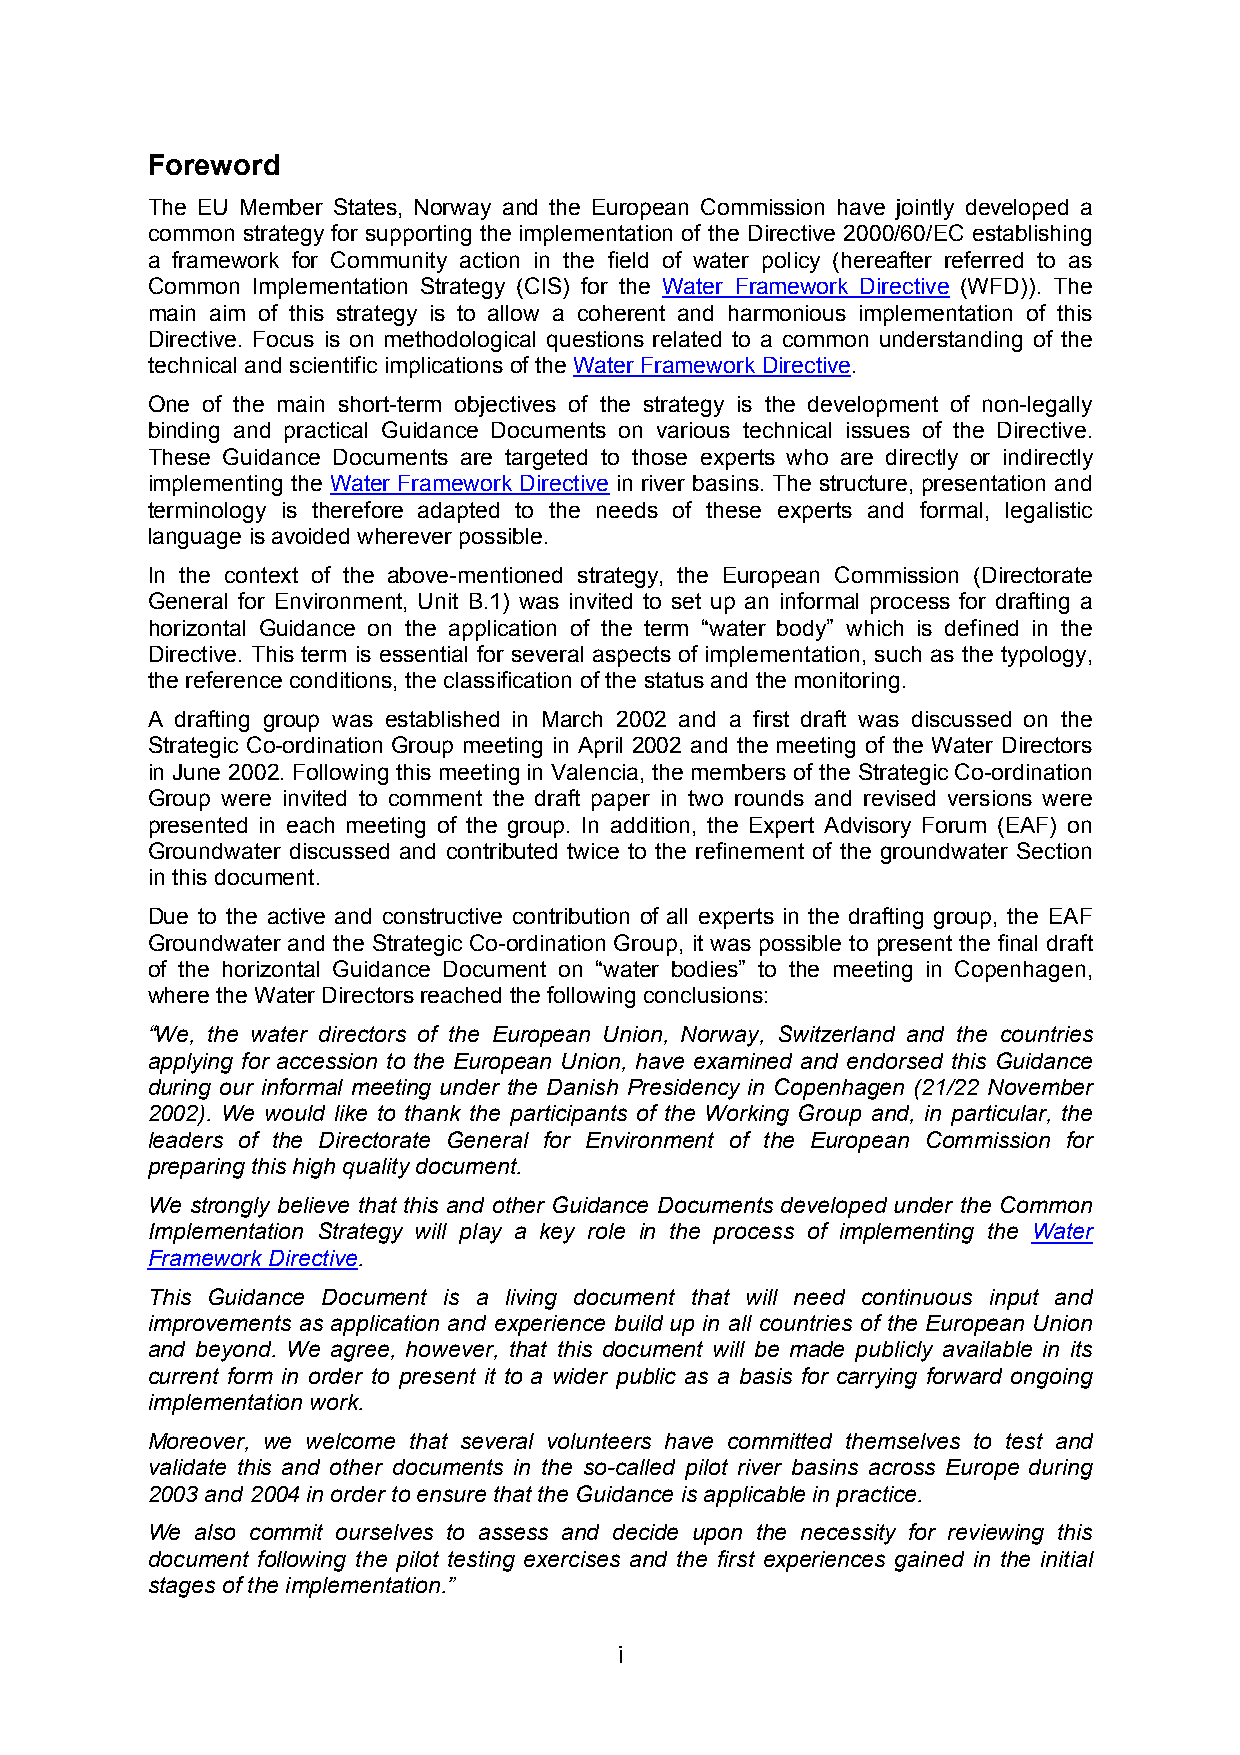
Foreword
 The EU Member States, Norway and the European Commission have jointly developed a
 common strategy for supporting the implementation of the Directive 2000/60/EC establishing
 a framework for Community action in the field of water policy (hereafter referred to as
 Common Implementation Strategy (CIS) for the Water Framework Directive (WFD)). The
 main aim of this strategy is to allow a coherent and harmonious implementation of this
 Directive. Focus is on methodological questions related to a common understanding of the
 technical and scientific implications of the Water Framework Directive.
 One of the main short-term objectives of the strategy is the development of non-legally
 binding and practical Guidance Documents on various technical issues of the Directive.
 These Guidance Documents are targeted to those experts who are directly or indirectly
 implementing the Water Framework Directive in river basins. The structure, presentation and
 terminology is therefore adapted to the needs of these experts and formal, legalistic
 language is avoided wherever possible.
 In the context of the above-mentioned strategy, the European Commission (Directorate
 General for Environment, Unit B.1) was invited to set up an informal process for drafting a
 horizontal Guidance on the application of the term “water body” which is defined in the
 Directive. This term is essential for several aspects of implementation, such as the typology,
 the reference conditions, the classification of the status and the monitoring.
 A drafting group was established in March 2002 and a first draft was discussed on the
 Strategic Co-ordination Group meeting in April 2002 and the meeting of the Water Directors
 in June 2002. Following this meeting in Valencia, the members of the Strategic Co-ordination
 Group were invited to comment the draft paper in two rounds and revised versions were
 presented in each meeting of the group. In addition, the Expert Advisory Forum (EAF) on
 Groundwater discussed and contributed twice to the refinement of the groundwater Section
 in this document.
 Due to the active and constructive contribution of all experts in the drafting group, the EAF
 Groundwater and the Strategic Co-ordination Group, it was possible to present the final draft
 of the horizontal Guidance Document on “water bodies” to the meeting in Copenhagen,
 where the Water Directors reached the following conclusions:
 “We, the water directors of the European Union, Norway, Switzerland and the countries
 applying for accession to the European Union, have examined and endorsed this Guidance
 during our informal meeting under the Danish Presidency in Copenhagen (21/22 November
 2002). We would like to thank the participants of the Working Group and, in particular, the
 leaders of the Directorate General for Environment of the European Commission for
 preparing this high quality document.
 We strongly believe that this and other Guidance Documents developed under the Common
 Implementation Strategy will play a key role in the process of implementing the Water
 Framework Directive.
 This Guidance Document is a living document that will need continuous input and
 improvements as application and experience build up in all countries of the European Union
 and beyond. We agree, however, that this document will be made publicly available in its
 current form in order to present it to a wider public as a basis for carrying forward ongoing
 implementation work.
 Moreover, we welcome that several volunteers have committed themselves to test and
 validate this and other documents in the so-called pilot river basins across Europe during
 2003 and 2004 in order to ensure that the Guidance is applicable in practice.
 We also commit ourselves to assess and decide upon the necessity for reviewing this
 document following the pilot testing exercises and the first experiences gained in the initial
 stages of the implementation.”
 i